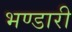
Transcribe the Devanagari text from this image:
भण्‍डारी